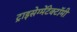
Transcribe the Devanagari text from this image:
ट्राइसेग्मेंटेक्टॉमी